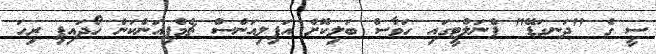
ސީ ގެ "ދަނގަޑޭ" ޕެނަލްޓީގައި ހަވާސް ބަލިކޮށް އަފިލިއަންސް ޗެމްޕިއަންކަން ހޯދައިފި ރިހަ